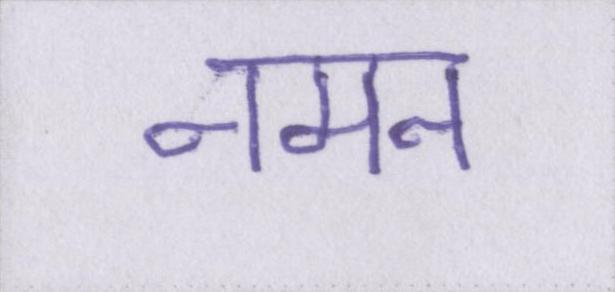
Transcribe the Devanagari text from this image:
नमन